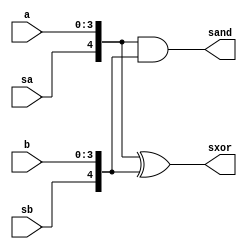
module teste(
	input [3:0] a,
	input [3:0] b,
	input sa,
	input sb,
	
	output [4:0] sand,
	output [4:0] sxor
);

assign sand = {sa, a} & {sb, b};
assign sxor = {sa, a} ^ {sb, b};

endmodule